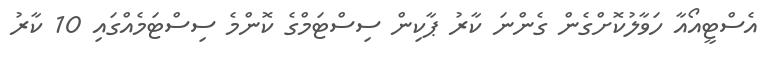
އެސްޓީއޯއާ ހަވާލުކޮށްގެން ގެންނަ ކާރު ޕާކިން ސިސްޓަމްގެ ކޮންމެ ސިސްޓަމެއްގައި 10 ކާރު